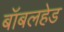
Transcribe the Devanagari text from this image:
बॉबलहेड